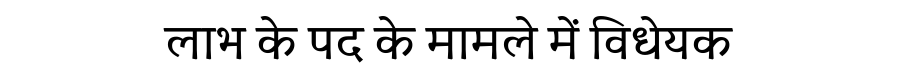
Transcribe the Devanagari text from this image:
लाभ के पद के मामले में विधेयक